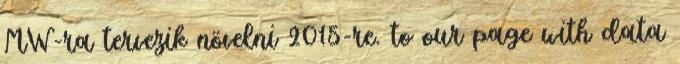
MW-ra tervezik növelni 2015-re. to our page with data